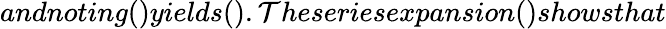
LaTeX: andnoting()yields().\mathcal{T}heseriesexpansion()showsthat